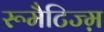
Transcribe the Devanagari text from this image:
रूमैटिज्म़